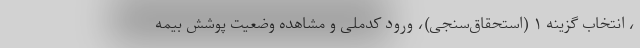
، انتخاب گزینه ۱ (استحقاق‌سنجی)، ورود کدملی و مشاهده وضعیت پوشش بیمه